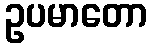
ဥပမာတော